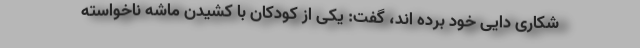
شکاری دایی خود برده اند، گفت: یکی از کودکان با کشیدن ماشه ناخواسته